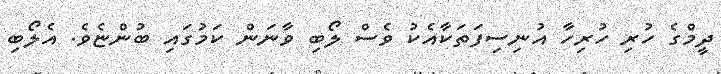
ދީމްގެ ހުރި ހުރިހާ އުނިސިފަތަކާއެކު ވެސް ލޯބި ވާނަން ކަމުގައި ބުންޏެވެ. އެލޯބި